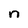
Character: n